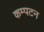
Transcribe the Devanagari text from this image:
कम्पटन